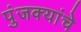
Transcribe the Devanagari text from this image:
पुंजक्यांचे